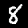
Digit: 8